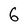
Character: G